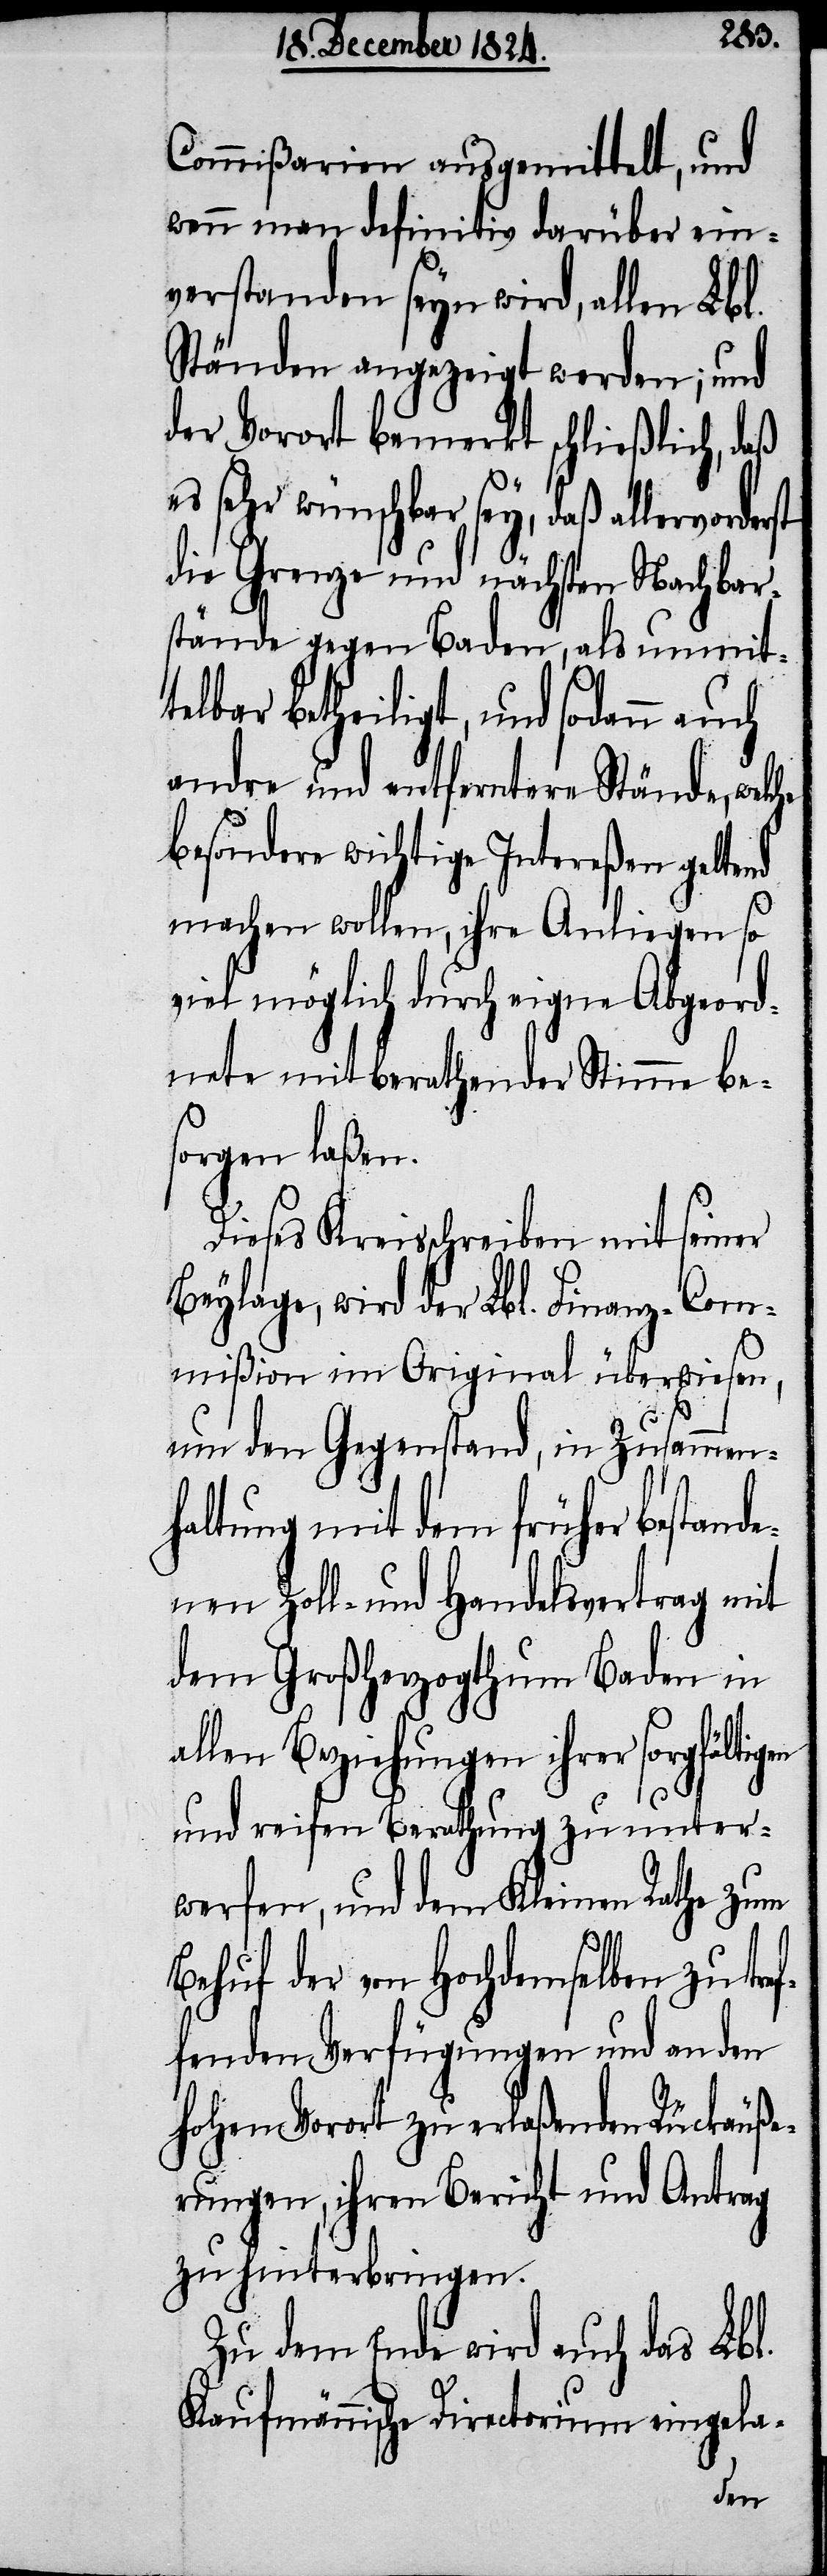
Commißarien ausgemittelt, und
wenn man definitiv darüber ein¬
verstanden seyn wird, allen Lbl.
Ständen angezeigt werden; und
der Vorort bemerkt schließlich, daß
sehr wünschbar sey, daß allervor¬
die Grenze und nächsten Nachbar¬
stände gegen Baden, als unmit¬
telbar betheiligt, und sodann auch
andre und entferntere Stände, welche
besondere wichtige Intereßen geltend
machen wollen, ihre Anliegen so
viel möglich durch eigne Abgeord¬
nete mit berathender Stimme be¬
sorgen laßen.
Dieses Kreisschreiben mit seiner
Beylage, wird der Lbl. Finanz-Com¬
mißion im Original überwiesen,
um den Gegenstand, in Zusammen¬
haltung mit dem früher bestande¬
nen Zoll- und Handelsvertrag mit
dem Großherzogthum Baden in
allen Beziehungen ihrer sorgfältigen
und reifen Berathung zu unter¬
werfen, und dem Kleinen Rathe zum
Behuf der von Hochdemselben zu tref¬
fenden Verfügungen und an den
hohen Vorort zu erlaßenden Rückäuß¬
erungen, ihren Bericht und Antrag
zu hinterbringen.
Zu dem Ende wird auch das Lbl.
Kaufmännische Directorium eingela-
derst